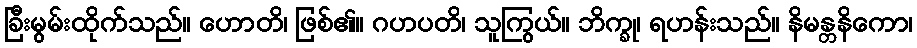
ခြီးမွမ်းထိုက်သည်။ ဟောတိ၊ ဖြစ်၏။ ဂဟပတိ၊ သူကြွယ်။ ဘိက္ခု၊ ရဟန်းသည်။ နိမန္တနိကော၊